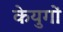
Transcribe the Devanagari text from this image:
केयुगों